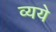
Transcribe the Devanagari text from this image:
व्यये